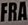
FRA